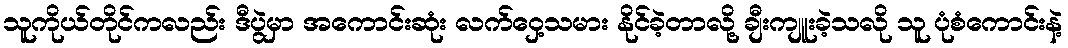
သူကိုယ်တိုင်ကလည်း ဒီပွဲမှာ အကောင်းဆုံး လက်ဝှေ့သမား နိုင်ခဲ့တာလို့ ချီးကျူးခဲ့သလို သူ ပုံစံကောင်းနဲ့